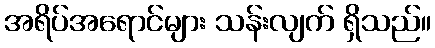
အရိပ်အရောင်များ သန်းလျက် ရှိသည်။